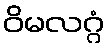
ဝိမလဂ္ဂံ